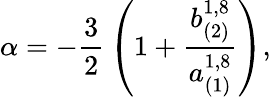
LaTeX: \alpha=-{\frac{3}{2}}\left(1+{\frac{b_{(2)}^{1,8}}{a_{(1)}^{1,8}}}\right),